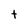
Character: t